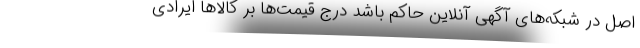
اصل در شبکه‌های آگهی آنلاین حاکم باشد درج قیمت‌ها بر کالاها ایرادی